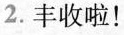
2.丰收啦！